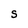
Character: S